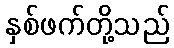
နှစ်ဖက်တို့သည်